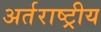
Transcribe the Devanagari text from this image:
अर्तराष्ट्रीय